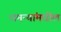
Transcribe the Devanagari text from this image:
धमन्यांमधील